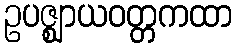
ဥပဇ္ဈာယဝတ္တကထာ